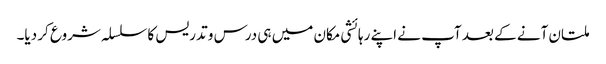
ملتان آنے کے بعد آپ نے اپنے رہائشی مکان میں ہی درس و تدریس کا سلسلہ شروع کر دیا۔